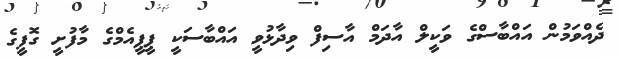
ދެއްވަމުން އައްބާސްގެ ވަކީލް އާދަމް އާސިފް ވިދާޅުވީ އައްބާސަކީ ޕީޕީއެމްގެ މާފުށީ ގޮފީގެ